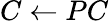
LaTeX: C\leftarrow PC